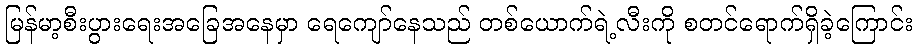
မြန်မာ့စီးပွားရေးအခြေအနေမှာ ရေကျော်နေသည် တစ်ယောက်ရဲ့လီးကို စတင်ရောက်ရှိခဲ့ကြောင်း